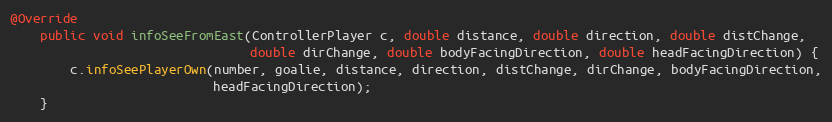
Language: Java
@Override
    public void infoSeeFromEast(ControllerPlayer c, double distance, double direction, double distChange,
                                double dirChange, double bodyFacingDirection, double headFacingDirection) {
        c.infoSeePlayerOwn(number, goalie, distance, direction, distChange, dirChange, bodyFacingDirection,
                           headFacingDirection);
    }